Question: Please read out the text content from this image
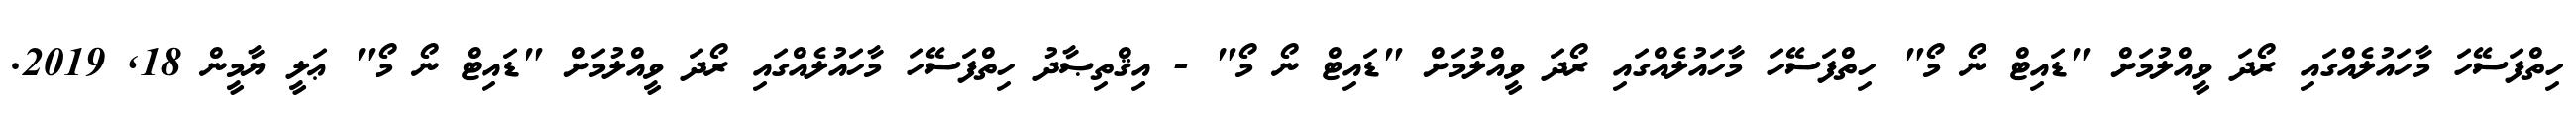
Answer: ހިތްފަސޭހަ މާހައުލެއްގައި ރޯދަ ވީއްލުމަށް "ޑައިޓް ނޯ މޯ" ހިތްފަސޭހަ މާހައުލެއްގައި ރޯދަ ވީއްލުމަށް "ޑައިޓް ނޯ މޯ" - އިޤްތިޞާދު ހިތްފަސޭހަ މާހައުލެއްގައި ރޯދަ ވީއްލުމަށް "ޑައިޓް ނޯ މޯ" ޢަލީ ޔާމީން 18, 2019.